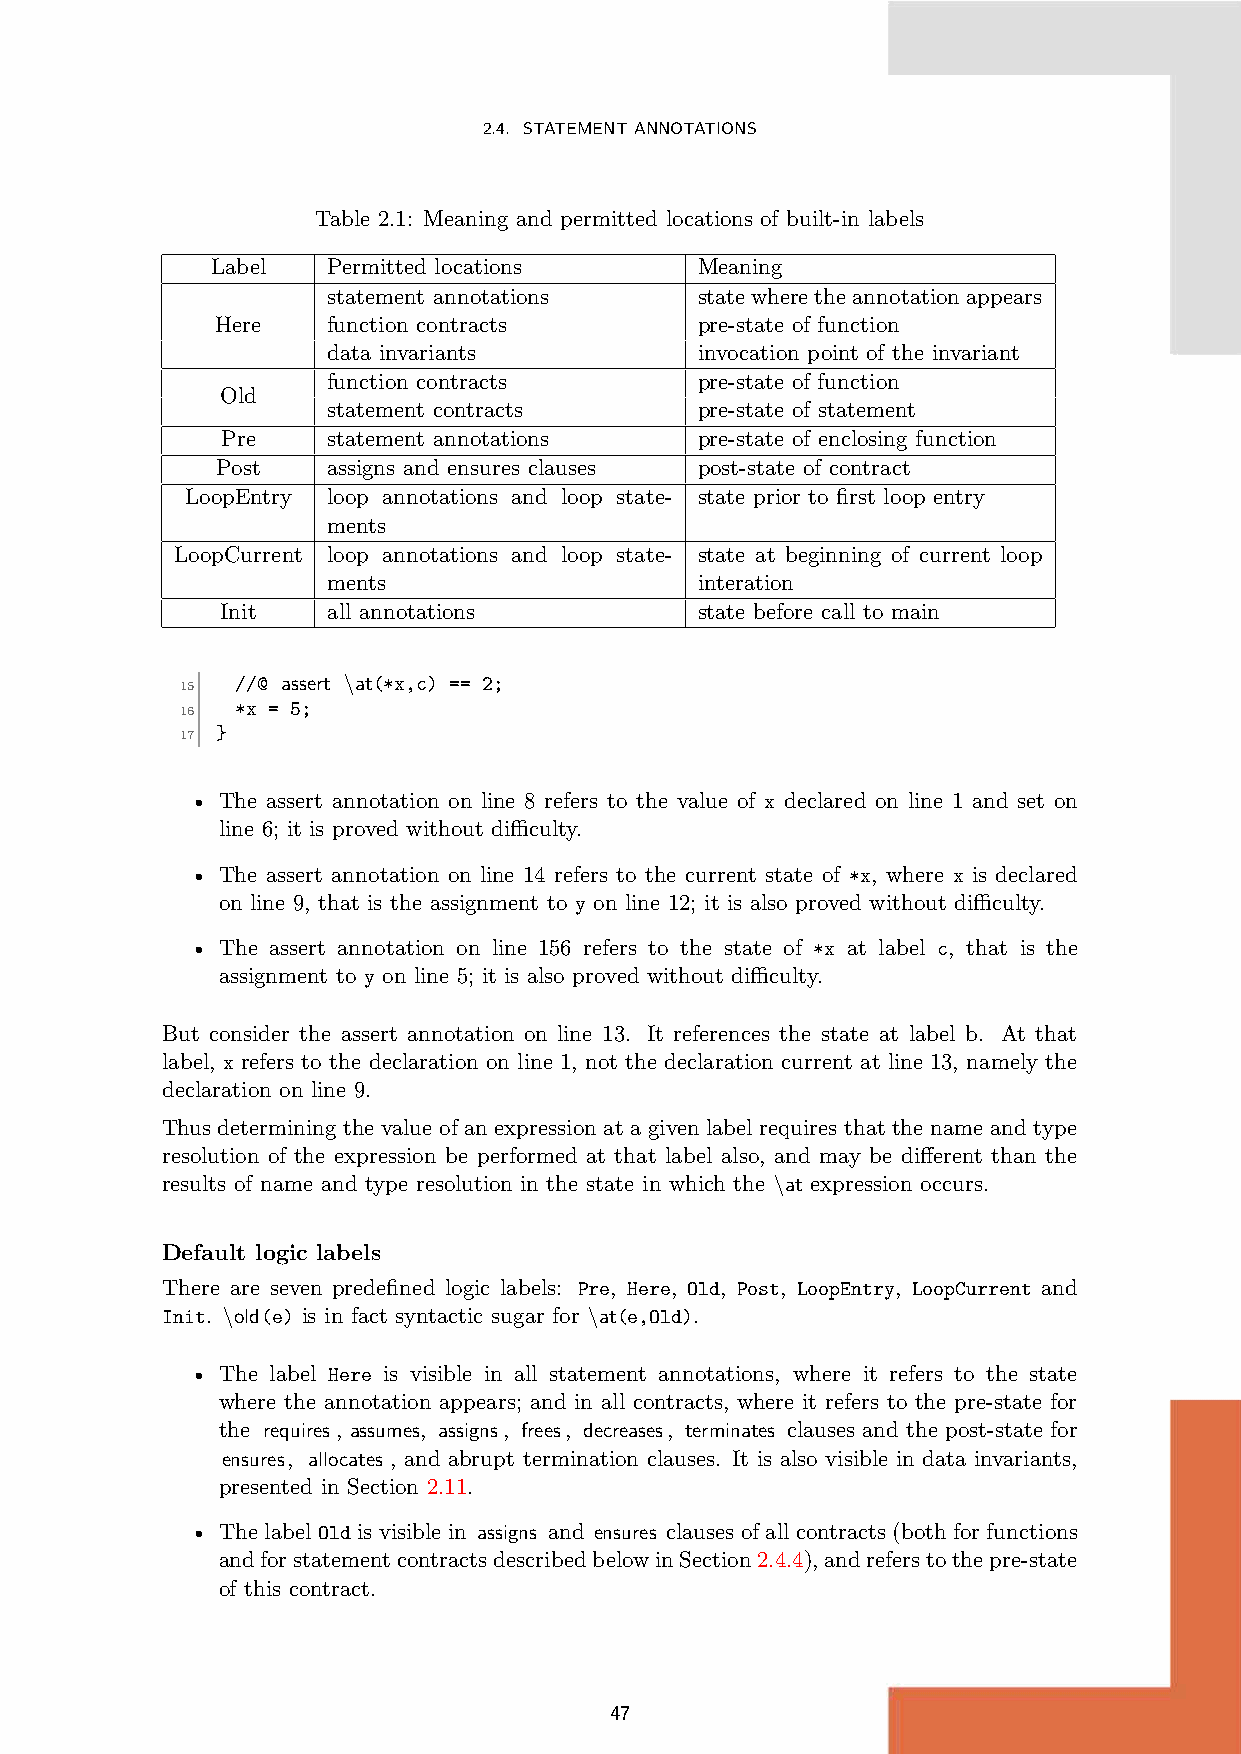
2.4. STATEMENTANNOTATIONS
 Table 2.1: Meaning and permitted locations of built-in labels
 Label   Permitted locations     Meaning
 statement annotations   statewheretheannotationappears
 Here    function contracts      pre-state of function
 data invariants         invocation point of the invariant
 function contracts      pre-state of function
 Old
 statement contracts     pre-state of statement
 Pre    statement annotations   pre-state of enclosing function
 Post    assigns and ensures clauses post-state of contract
 LoopEntry loop annotations and loop state- state prior to first loop entry
 ments
 LoopCurrent loop annotations and loop state- state at beginning of current loop
 ments                   interation
 Init   all annotations         state before call to main
 //@ assert \at(*x,c) == 2;
 15
 *x = 5;
 16
 }
 17
 • The assert annotation on line 8 refers to the value of x declared on line 1 and set on
 line 6; it is proved without difficulty.
 • The assert annotation on line 14 refers to the current state of *x, where x is declared
 on line 9, that is the assignment to y on line 12; it is also proved without difficulty.
 • The assert annotation on line 156 refers to the state of *x at label c, that is the
 assignment to y on line 5; it is also proved without difficulty.
 But consider the assert annotation on line 13. It references the state at label b. At that
 label, x refers to the declaration on line 1, not the declaration current at line 13, namely the
 declaration on line 9.
 Thus determining the value of an expression at a given label requires that the name and type
 resolution of the expression be performed at that label also, and may be different than the
 results of name and type resolution in the state in which the \at expression occurs.
 Default logic labels
 There are seven predefined logic labels: Pre, Here, Old, Post, LoopEntry, LoopCurrent and
 Init. \old(e) is in fact syntactic sugar for \at(e,Old).
 • The label Here is visible in all statement annotations, where it refers to the state
 where the annotation appears; and in all contracts, where it refers to the pre-state for
 the requires, assumes, assigns, frees, decreases, terminates clauses and the post-state for
 ensures, allocates , and abrupt termination clauses. It is also visible in data invariants,
 presented in Section 2.11.
 • The label Old is visible in assigns and ensures clauses of all contracts (both for functions
 andforstatementcontractsdescribedbelowinSection2.4.4),andreferstothepre-state
 of this contract.
 47